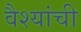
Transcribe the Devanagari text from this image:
वैश्यांची